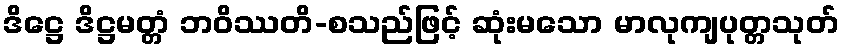
ဒိဋ္ဌေ ဒိဋ္ဌမတ္တံ ဘဝိဿတိ-စသည်ဖြင့် ဆုံးမသော မာလုကျပုတ္တသုတ်